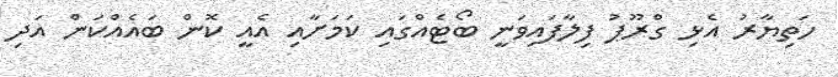
ހަތިޔާރު އެޅި ގްރޫޕު ފިލާފައިވަނީ ބޯޓެއްގައި ކަމަށާއި އެއީ ކޮން ބައެއްކަން އަދި